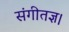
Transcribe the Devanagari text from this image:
संगीतज्ञ।